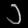
Digit: ၁